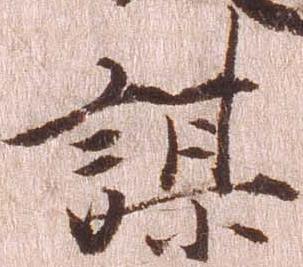
謀